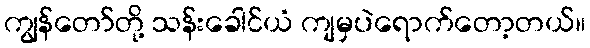
ကျွန်တော်တို့ သန်းခေါင်ယံ ကျမှပဲရောက်တော့တယ်။